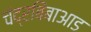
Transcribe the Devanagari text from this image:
चंद्रबिंबाआड